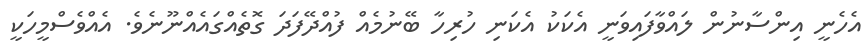
އެހެނީ އިންސާނުން ލައްވާފައިވަނީ އެކަކު އެކަނި ހުރިހާ ބޭނުމެއް ފުއްދޭފަދަ ގޮތެއްގައެއްނޫނެވެ. އެއްވެސްމީހަކީ